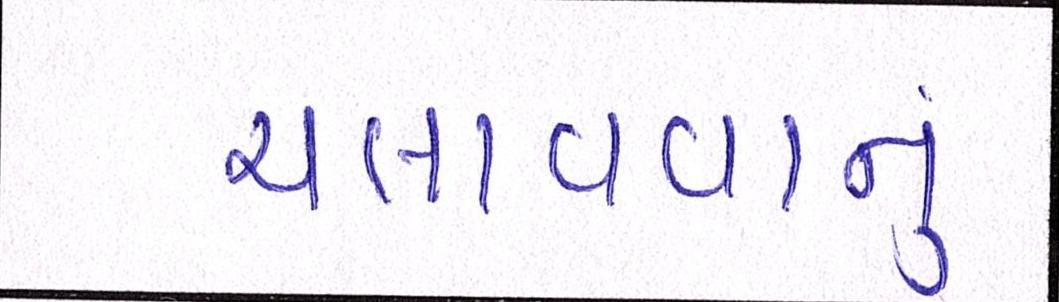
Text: ચલાવવાનુ